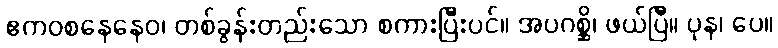
ဧကဝစနေနေဝ၊ တစ်ခွန်းတည်းသော စကားပြီးပင်။ အပဂစ္ဆိ၊ ဖယ်ပြီ။ ပုန၊ ပေ။